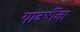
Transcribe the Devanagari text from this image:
यावर्षीचा